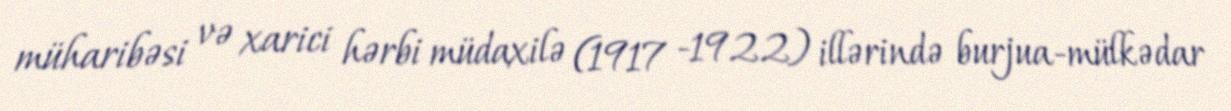
müharibəsi və xarici hərbi müdaxilə (1917 -1922) illərində burjua-mülkədar